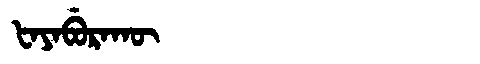
Manchu: ᡶᠠᠶᠠᠪᡠᡵᠠᡴᡡ
Romanization: FAYABURAKŪ